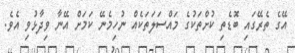
އޭގެ ތެރޭގައި ބޮޑެތި ކުށްތަކުގެ މައްސަލަތަކެއް ނުހިމެނޭ ކަމަށް އޭނާ ވިދާޅުވި އެވެ.